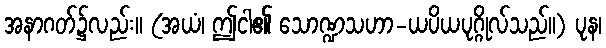
အနာဂတ်၌လည်း။ (အယံ၊ ဤငါ၏ သောဏ္ဍသဟာ-ယပိယပုဂ္ဂိုလ်သည်။) ပုန၊